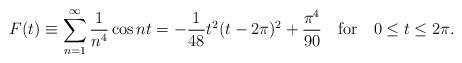
LaTeX: \begin{align*}F(t)\equiv \sum_{n=1}^{\infty}{1\over n^4}\cos nt =-{1\over {48}}t^2(t-2\pi)^2+{{\pi^4}\over {90}}\quad {\rm for}\quad 0\le t \le 2\pi. \end{align*}